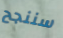
سننجح